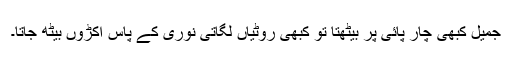
جمیل کبھی چار پائی پر بیٹھتا تو کبھی روٹیاں لگاتی نوری کے پاس اکڑوں بیٹھ جاتا۔